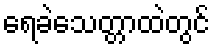
ရေခဲသေတ္တာထဲတွင်